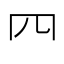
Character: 𦉪